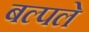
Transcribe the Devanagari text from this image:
बल्पले